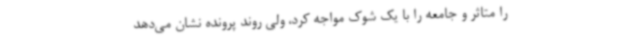
را متاثر و جامعه را با یک شوک مواجه کرد، ولی روند پرونده نشان می‌دهد